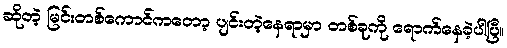
ဆိုတဲ့ မြင်းတစ်ကောင်ကတော့ ပျင်းတဲ့နေရာမှာ တစ်ခုကို ရောက်နေခဲ့ပါပြီ။